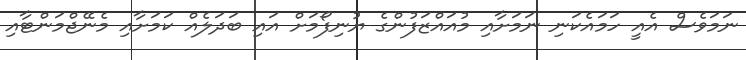
ނަމަވެސް އެއީ ހަމައެކަނި ނަމަށާއި މުއައްޒަފުންގެ ޔުނިފޯމަށް އައި ބަދަލެއް ކަމަށާއި މެނޭޖްމަންޓާއި